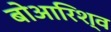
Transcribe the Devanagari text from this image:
बोआरिश्व